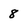
Character: 8